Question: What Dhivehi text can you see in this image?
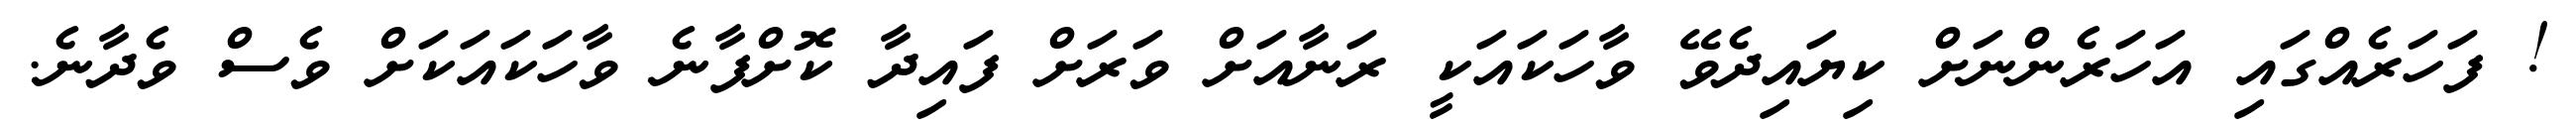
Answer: ! ފަހަރެއްގައި އަހަރެންނަށް ކިޔައިދެވޭ ވާހަކައަކީ ރަނާއަށް ވަރަށް ފައިދާ ކޮށްފާނެ ވާހަކައަކަށް ވެސް ވެދާނެ.